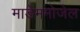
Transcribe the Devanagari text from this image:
माडेममोजेल